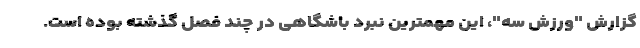
گزارش "ورزش سه"، این مهمترین نبرد باشگاهی در چند فصل گذشته بوده است.